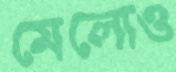
মেলোও